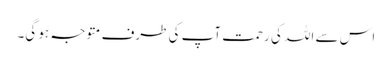
اس سے اللہ کی رحمت آپ کی طرف متوجہ ہو گی۔